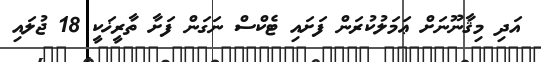
އަދި މިޤާނޫނަށް ޢަމަލުކުރަން ފަށައި ޓެކްސް ނަގަން ފަށާ ތާރީޚަކީ 18 ޖުލައި